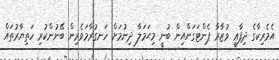
އެމެރިކާގެ ދިފާޢީ ވުޒާރާ ޕެންޓަގަންއިން ބުނީ މިޙަމަލާ ދިނުމަށް ހަނގުރާމަވެރިން ބޭނުންކުރި ހަތިޔާރުތައް